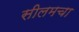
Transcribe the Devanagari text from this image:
सीलमचा